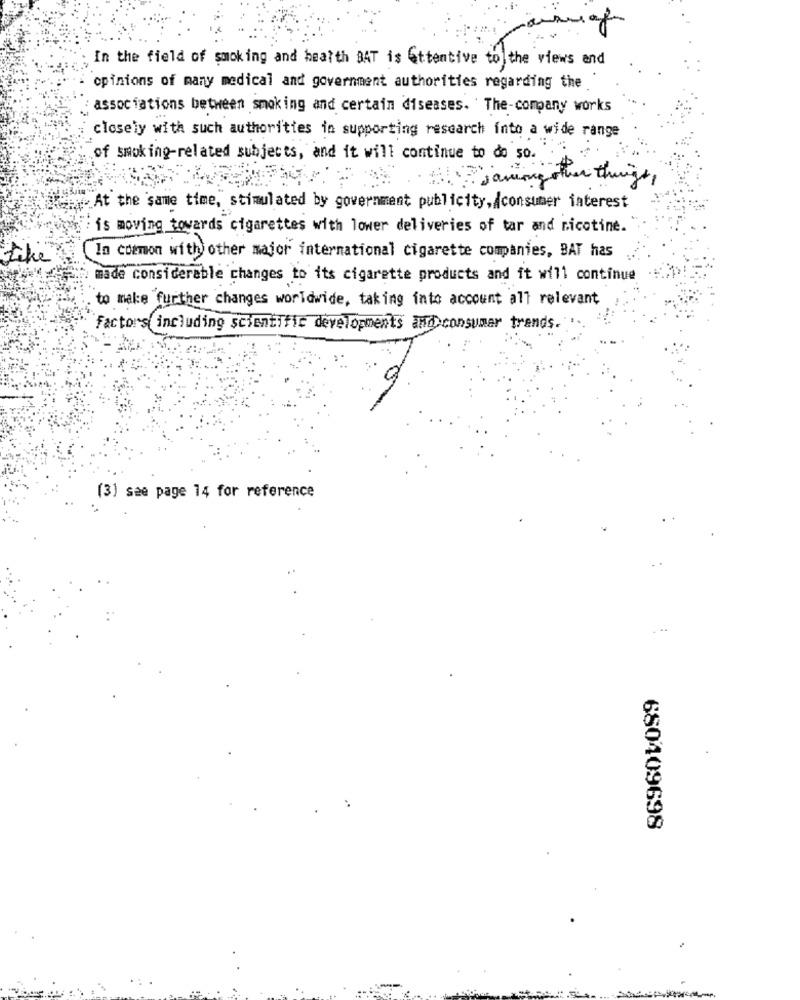
In the field of smoking and health BAT is Attentive to the views and
opinions of many medical and government authorities regarding the
associations between smoking and certain diseases. The-company works
closely with such authorities in supporting research into a wide range
of smoking-related subjects, and it will continue to do 50.
this among other things,
At the same time, stimulated by government publicity,/consumer interest
is moving towards cigarettes with lower deliveries of tar and nicotine.
tikie
In common with) other major international cigarette companies, BAT has
made considerable changes to its cigarette products and it will continue
to make further changes worldwide, taking into account all relevant
Factors including scientific developments and consumer trends.
(3) see page 14 for reference
680409698